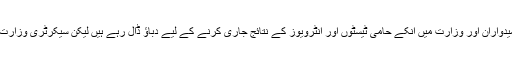
ذرائع کا مزید بتانا تھا کہ پہلے اشتہار کے تحت اپلائی کرکے ٹیسٹ اور انٹرویو دینے والے اُمیدواران اور وزارت میں انکے حامی ٹیسٹوں اور انٹرویوز کے نتائج جاری کرنے کے لیے دباؤ ڈال رہے ہیں لیکن سیکرٹری وزارت سائنس و ٹیکنالوجی اور پاکستان حلال اتھارٹی کے سربراہ یہ ‘ رسک ‘ لینے کو تیار نہیں ہیں۔